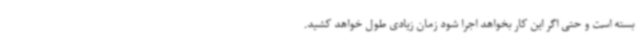
بسته است و حتی اگر این کار بخواهد اجرا شود زمان زیادی طول خواهد کشید.